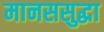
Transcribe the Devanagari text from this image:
मानससुद्धा